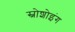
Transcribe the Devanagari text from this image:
स्नोशोइंग